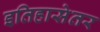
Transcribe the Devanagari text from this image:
इतिहासेतर